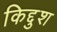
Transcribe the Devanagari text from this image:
किद्दुश